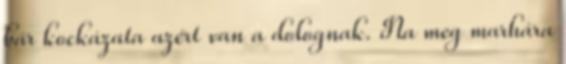
bár kockázata azért van a dolognak. Na meg marhára